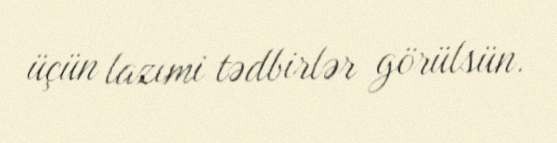
üçün lazımi tədbirlər görülsün.